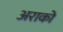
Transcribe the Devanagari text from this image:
अराको